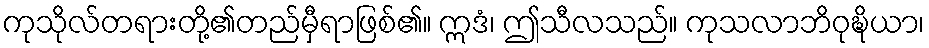
ကုသိုလ်တရားတို့၏တည်မှီရာဖြစ်၏။ ဣဒံ၊ ဤသီလသည်။ ကုသလာဘိဝုဍ္ဎိယာ၊